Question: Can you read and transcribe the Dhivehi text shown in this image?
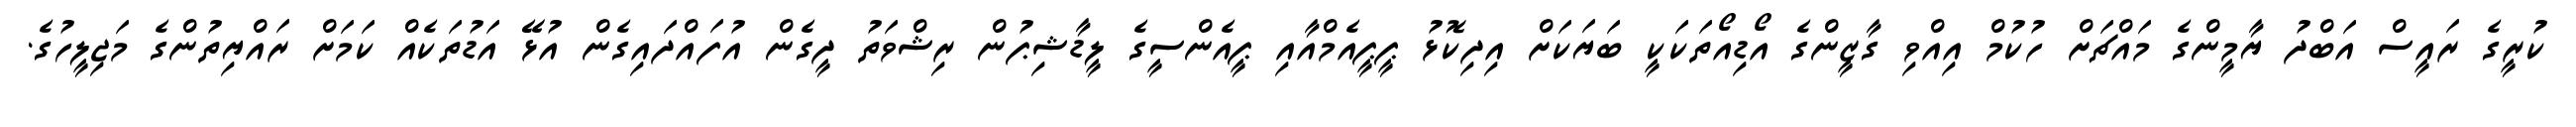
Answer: ކުރީގެ ރައީސް އަބްދު ޔާމީންގެ މައްޗަށް ހުކުމް އިއްވި ގާޒީންގެ އޯޑިއޯތަކަކީ ބަޔަކަށް އިދިކޮޅު ޕީޕީއެމްއާއި ޕީއެންސީގެ ލީޑާޝިޕުން ރިޝްވަތު ދީގެން އުފައްދައިގެން އުޅޭ އަޑުތަކެއް ކަމަށް ރައްޔިތުންގެ މަޖިލީހުގެ.